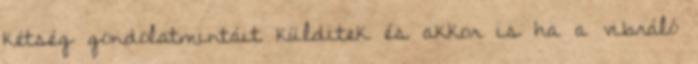
kétség gondolatmintáit külditek és akkor is ha a vibráló